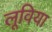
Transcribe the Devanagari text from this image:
लूविया